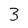
Character: 3